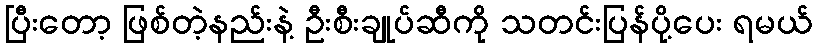
ပြီးတော့ ဖြစ်တဲ့နည်းနဲ့ ဦးစီးချုပ်ဆီကို သတင်းပြန်ပို့ပေး ရမယ်